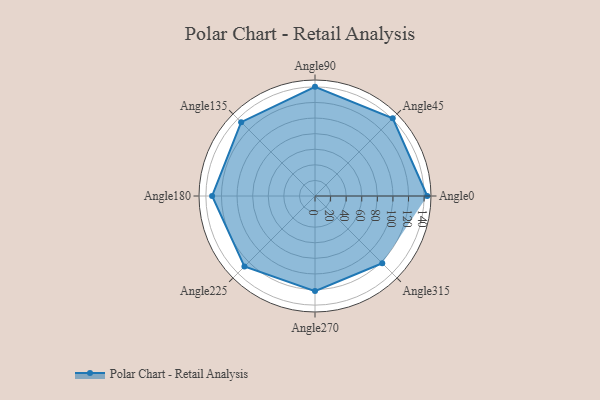
{"axis": {"x": "Angle", "y": "Radius"}, "legend": [""], "data": [{"x": "Angle0", "y": 144.0, "type": ""}, {"x": "Angle45", "y": 141.0, "type": ""}, {"x": "Angle90", "y": 140.0, "type": ""}, {"x": "Angle135", "y": 134.0, "type": ""}, {"x": "Angle180", "y": 132.0, "type": ""}, {"x": "Angle225", "y": 128.0, "type": ""}, {"x": "Angle270", "y": 122.0, "type": ""}, {"x": "Angle315", "y": 122.0, "type": ""}]}